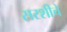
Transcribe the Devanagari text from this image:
सरशीचे